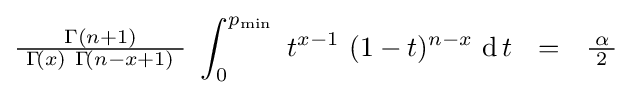
{\tfrac {\ \Gamma (n+1)\ }{\ \Gamma \!(x)\ \Gamma \!(n-x+1)\ }}\ \int _{0}^{p_{\min }}\ t^{x-1}\ (1-t)^{n-x}\ \mathrm {d} \!\ t~~=~~{\tfrac {\!\ \alpha \!\ }{2}}\